Civil Veterinary Dept. Bombay admin report 1932-41 - 1932-1941
Year: 1932
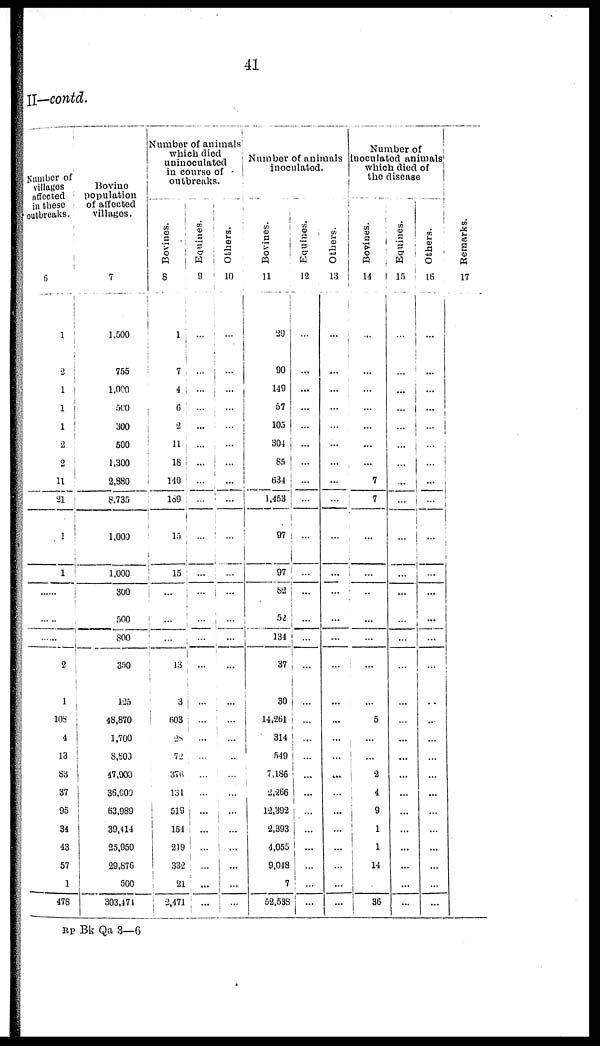
41
II—contd.
Number of
villages
affected
in these
outbreaks.
6
1
2
1
1
1
2
2
11
21
1
1
......
......
......
2
1
108
4
13
83
37
95
34
43
57
1
478
Bovine
population
of affected
villages.
7
1,500
755
1,000
500
300
500
1,300
2,880
8,735
1,000
1,000
300
500
800
350
125
48,870
1,700
8,800
47,900
36,000
63,989
39,414
25,950
29,876
500
303,474
Number of animals
which died
uninoculated
in course of
outbreaks.
Bovines.
8
1
7
4
6
2
11
18
140
189
15
15
...
...
...
13
3
603
28
72
376
131
519
151
219
332
21
2,471
Equines.
9
...
...
...
...
...
...
...
...
...
...
...
...
...
...
...
...
...
...
...
...
...
...
...
...
...
...
...
Others.
10
...
...
...
...
...
...
...
...
...
...
...
...
...
...
...
...
...
...
...
...
...
...
...
...
. ...
...
...
Number of animals
inoculated.
Bovines.
11
29
90
149
57
105
304
85
634
1,453
97
97
82
52
134
37
30
14,261
314
549
7,186
2,266
12,392
2,393
4,055
9,048
7
52,538
Equines.
12
...
...
...
...
...
...
...
...
...
...
...
...
...
...
...
...
...
...
...
...
...
...
...
...
...
...
...
Others.
13
...
...
...
...
...
...
...
...
...
...
...
...
...
...
...
...
...
...
...
...
...
...
...
...
...
...
...
Number of
Inoculated animals
which died of
the disease
Bovines.
14
...
...
...
...
...
...
...
7
7
...
...
...
...
...
...
...
5
...
...
2
4
9
1
1
14
...
36
Equines.
15
...
...
...
...
...
...
...
...
...
...
...
...
...
...
...
...
...
...
...
...
...
...
...
...
...
...
...
Others.
16
...
...
...
...
...
...
...
...
...
...
...
...
...
...
...
...
...
...
...
...
...
...
...
...
...
...
...
Re ma r
ks .
17
RP Bk Qa 3—6